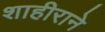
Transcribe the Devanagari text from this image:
शाहीराने